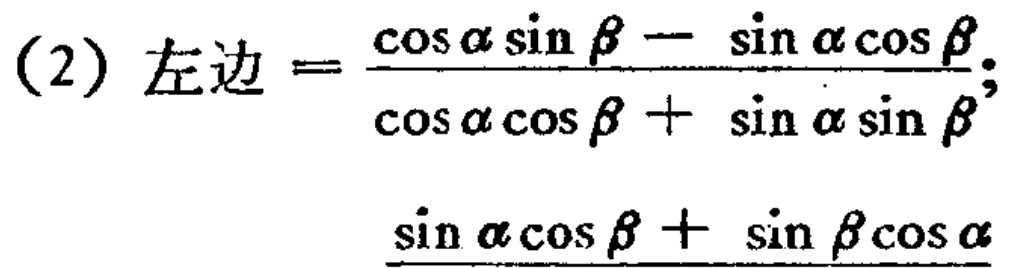
(2) 左边$=\frac{\cos\alpha\sin\beta - \sin\alpha\cos\beta}{\cos\alpha\cos\beta + \sin\alpha\sin\beta};$

$\frac{\sin\alpha\cos\beta + \sin\beta\cos\alpha}{}$